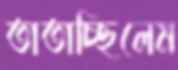
তাতাচ্ছিলেম